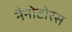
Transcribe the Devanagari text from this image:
नैनोटोरस